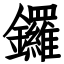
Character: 鑼